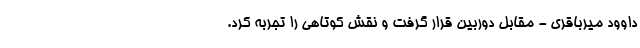
داوود میرباقری - مقابل دوربین قرار گرفت و نقش کوتاهی را تجربه کرد.